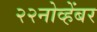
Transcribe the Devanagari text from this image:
२२नोव्हेंबर